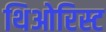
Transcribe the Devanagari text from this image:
थिओरिस्ट